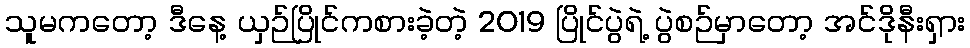
သူမကတော့ ဒီနေ့ ယှဉ်ပြိုင်ကစားခဲ့တဲ့ 2019 ပြိုင်ပွဲရဲ့ ပွဲစဉ်မှာတော့ အင်ဒိုနီးရှား